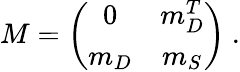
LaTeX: M=\left(\begin{array}{cc}{{0}}&{{m_{D}^{T}}}\\ {{m_{D}}}&{{m_{S}}}\end{array}\right)~.